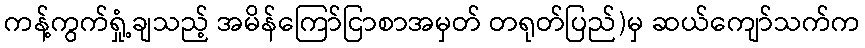
ကန့်ကွက်ရှုံ့ချသည့် အမိန်ကြော်ငြာစာအမှတ် တရုတ်ပြည်)မှ ဆယ်ကျော်သက်က